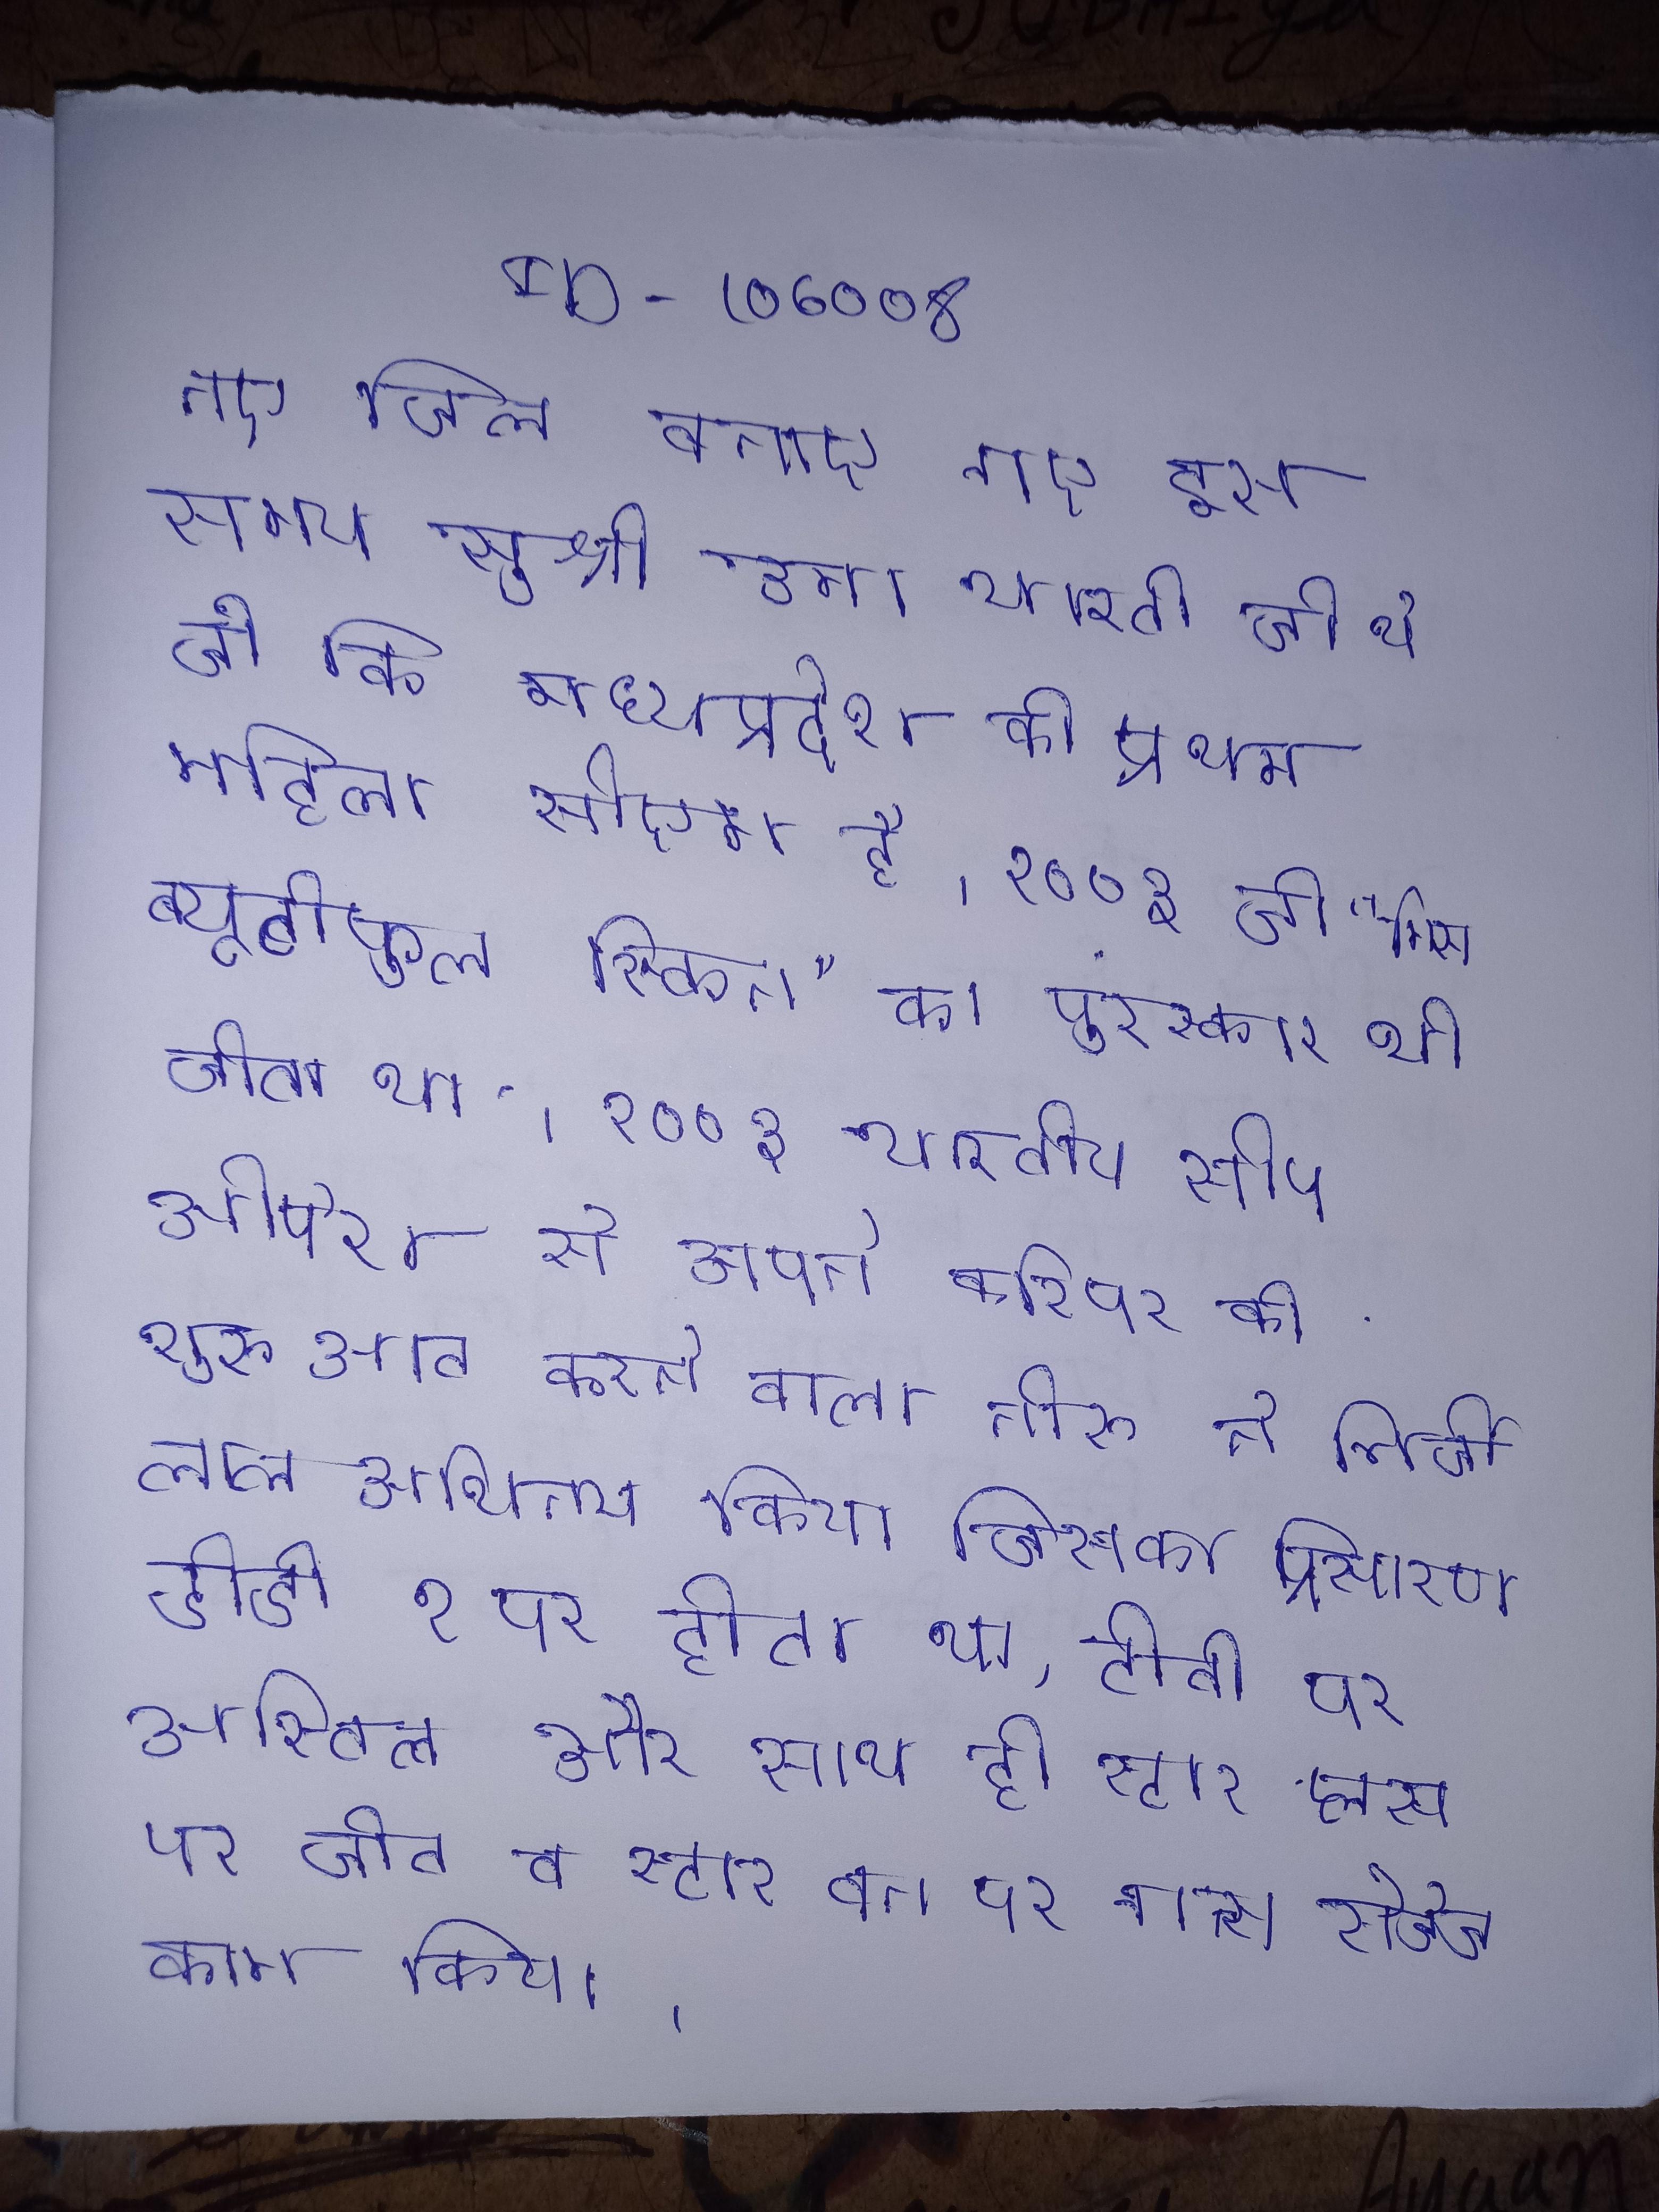
नए जिले बनाए गए इस समय सुश्री उमा भारती जी थे जो कि मध्यप्रदेश की प्रथम महिला सीएम है । २००३ जी क्वीन" "मिस ब्यूटीफुल स्किन" का पुरस्कार भी जीता था । २००३ भारतीय सोप ओपेरा से अपने करियर की शुरुआत करने वाली नीरू ने मिर्ची लाल अभिनय किया जिसका प्रसारण डीडी १ पर होता था, टीवी पर अस्तित्व और साथ ही स्टार प्लस पर जीत व स्टार वन पर गन्स रोजेज काम किया ।